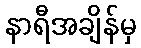
နာရီအချိန်မှ